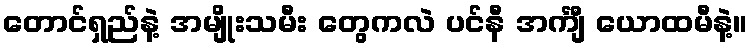
တောင်ရှည်နဲ့ အမျိုးသမီး တွေကလဲ ပင်နီ အင်္ကျီ ယောထမီနဲ့။